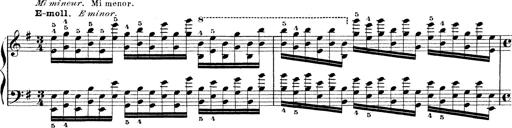
Title: Technische Studien
Composer: Franz Liszt